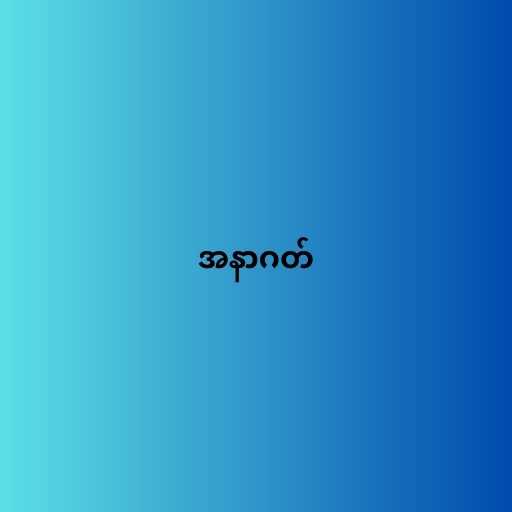
အနာဂတ်